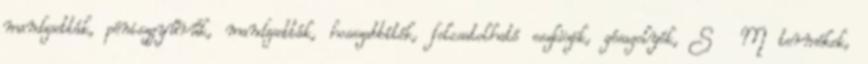
mandzsetták, péniszgyűrűk, mandzsetták, hosszabbítók, felcsatolható eszközök, gésagolyók, S M termékek,